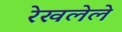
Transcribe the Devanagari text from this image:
रेखलेले